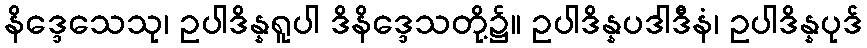
နိဒ္ဒေသေသု၊ ဥပါဒိန္နရူပါ ဒိနိဒ္ဒေသတို့၌။ ဥပါဒိန္နပဒါဒီနံ၊ ဥပါဒိန္နပုဒ်